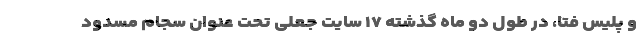
و پلیس فتا، در طول دو ماه گذشته ۱۷ سایت جعلی تحت عنوان سجام مسدود